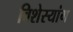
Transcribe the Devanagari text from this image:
विशेस्यांग